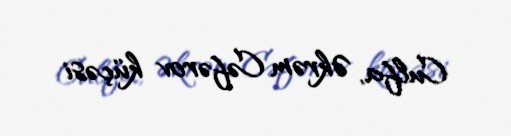
Culfa, Əkrəm Cəfərov küçəsi